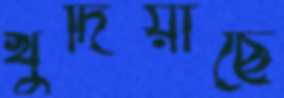
খুদিয়াছে